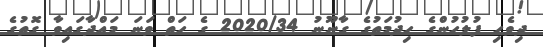
ދިވެހި ފުލުހުންގެ ހިދުމަތުގެ ގާނޫނު 2020/34 ގެ ހަތް ވަނަ މައްދާގައިވާ ގޮތުގެ